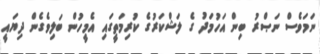
ނަމަވެސް ނަޞްރު ބިން އަހުމަދު ގެ ލަޝްކަރުގެ ކުރިމަތީގައި އެމީހުން ބަލިވެގެން ދިޔައީ